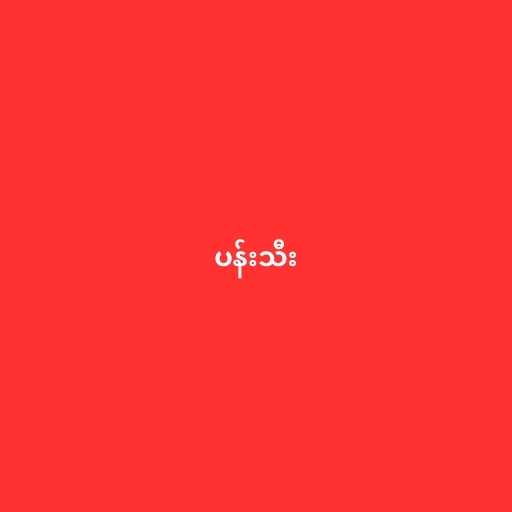
ပန်းသီး